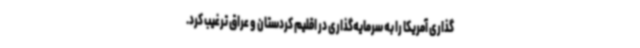
‌گذاری آمریکا را به سرمایه‌گذاری در اقلیم کردستان و عراق ترغیب کرد.